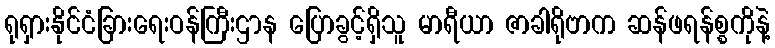
ရုရှားနိုင်ငံခြားရေးဝန်ကြီးဌာန ပြောခွင့်ရှိသူ မာရီယာ ဇာခါရိုဗာက ဆန်ဖရန်စ္စကိုနဲ့